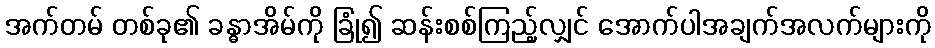
အက်တမ် တစ်ခု၏ ခန္ဓာအိမ်ကို ခြုံ၍ ဆန်းစစ်ကြည့်လျှင် အောက်ပါအချက်အလက်များကို